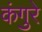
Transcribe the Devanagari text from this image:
कंगुरे